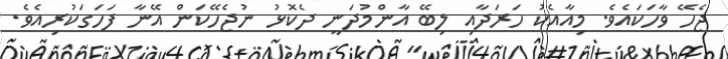
ޖެހޭ ވާހަކައެވެ. މިއާއެކު ހަރަދާއި ލިބޭ އާންމުދަނީ ދެކޮޅު ނުޖެހޭކަން އޭނާ ފަހަގަކުރިއެވެ.